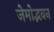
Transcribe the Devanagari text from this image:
जेमोद्भवन